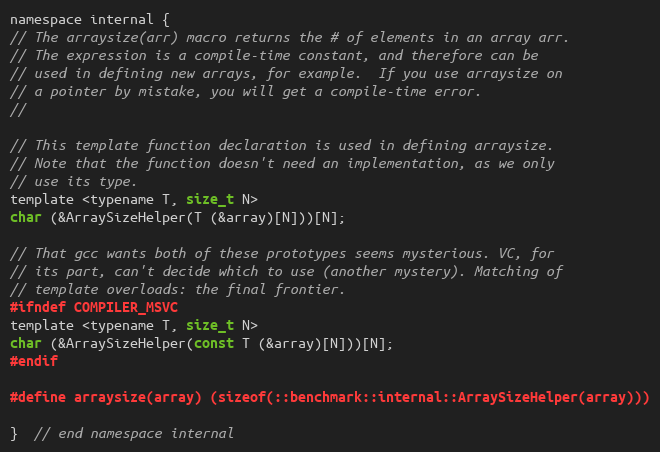
Language: C
namespace internal {
// The arraysize(arr) macro returns the # of elements in an array arr.
// The expression is a compile-time constant, and therefore can be
// used in defining new arrays, for example.  If you use arraysize on
// a pointer by mistake, you will get a compile-time error.
//

// This template function declaration is used in defining arraysize.
// Note that the function doesn't need an implementation, as we only
// use its type.
template <typename T, size_t N>
char (&ArraySizeHelper(T (&array)[N]))[N];

// That gcc wants both of these prototypes seems mysterious. VC, for
// its part, can't decide which to use (another mystery). Matching of
// template overloads: the final frontier.
#ifndef COMPILER_MSVC
template <typename T, size_t N>
char (&ArraySizeHelper(const T (&array)[N]))[N];
#endif

#define arraysize(array) (sizeof(::benchmark::internal::ArraySizeHelper(array)))

}  // end namespace internal